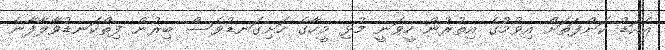
އެއަޑު ކަންފަތަށް އިވުމުގެ އިތުރުން ހީވަނީ މުޅި މީހާގެ ހަށިގަނޑުވެސް ބިރުން ފިތްކަނޑުވާލާފާނެ